Medical and sanitary report on the native army of Bombay for the year
Year: 1878
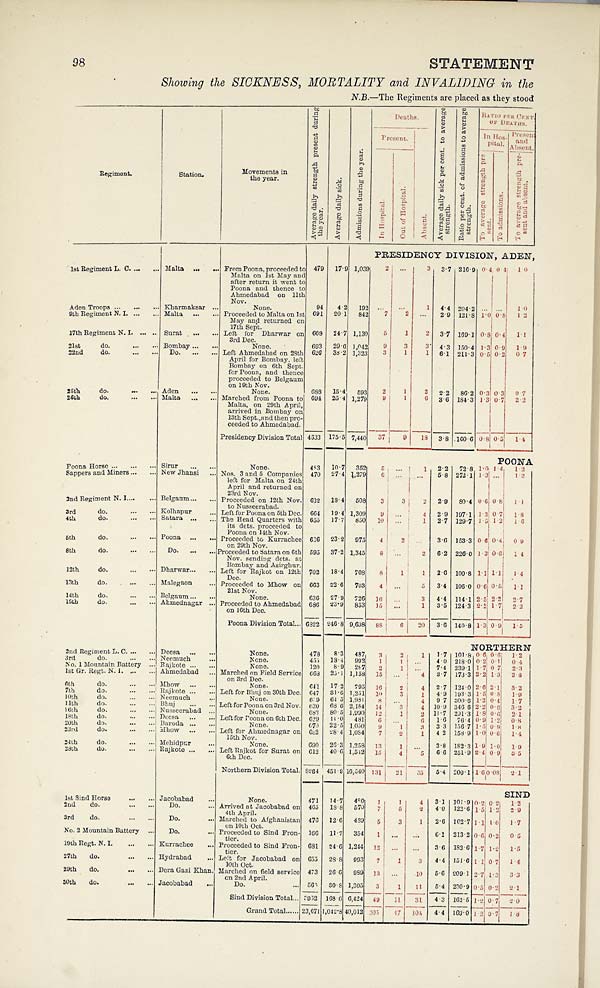
98
STATEMENT
Showing the SICKNESS, MORTALITY and INVALIDING in the
N.B.—The Regiments are placed as they stood
Regiment.
Station.
Movements in
t h e y e a r .
A v e r a g e d a i l y s t r e n g t h p r e s e n t d u r i n g
t h e y e a r .
A v e r a g e d a i l y s i c k .
A d m i s s i o n s d u r i n g t h e y e a r .
Deaths.
A v e r a g e d a i l y s i c k p e r c e n t . t o a v e r a g e
s t r e n g t h .
R a t i o p e r c e n t . o f a d m i s s i o n s t o a v e r a g e
s t r e n g t h .
R A T I O P E R C E N T .
OF DEATHS.
Present.
A b s e n t .
I n H o s -
pital.
P r e s e n t
and
Absent.
I n H o s p i t a l .
O u t o f H o s p i t a l .
T o a v e r a g e s t r e n g t h p r e
sent .
T o a d m i s s i o n s .
T o a v e r a g e s t r e n g t h p r e -
s e n t a n d a b s e n t .
PRESIDENCY DIVISION, ADEN,
1st Regiment L. C. ... ... Malta ... ... From Poona, proceeded to
Malta on 1st May and
after return it went to
Poona and thence to
Ahmedabad on 11th
Nov.
479 17.9
1 , 0 3 9
2 . . .
3 3.7 216.9 0.4 0.4 1.0
Aden Troops . . .
... ... Kharmaksar ...
None.
94 4.2 192 ...
. . .
1 4.4 204.2 ... ...
1 . 0
9th Regiment N. I. ... ... Malta ... ... Proceeded to Malta on 1st
May and returned on
17th Sept.
691 20.1 842
7
2
. . .
2.9 121.8 1.0 0.8 1.2
17th Regiment N. I. ... ... Surat ... ... Left for Dharwar on
3rd Dec.
668 24.7 1,130 5
1
2 3.7 169.1 0.8 0.4 1.1
21st do.
... ... Bombay ... ...
None.
693 29.6 1,042 9
3
3 4.3 150.4 1.3 0.9 1.9
22nd do.
... ... Do. ... ... Left Ahmedabad on 28th
April for Bombay, left.
Bombay on 6th Sept.
for Poona, and thence
proceeded to Belgaum
on 19th Nov.
626 38.2 1,323 3
1
1 6.1 211.3 0.5 0.2 0.7
25th do.
... ... Aden ...
. . .
None.
688 15.4 593 2
1
2 2.2 86.2 0.3 0.3 0.7
26th do.
...
. . . Malta ... ... Marched from Poona to
Malta, on 29th April,
arrived in Bombay on
13th Sept., and then pro-
ceeded to Ahmedabad.
694 25.4 1,279 9
1
6 3.6 184.3 1.3 0.7 2.2
Presidency Division Total 4633 175.5 7,440 37
9 18 3.3 160.6 0.8 0.5 1.4
POONA
Poona Horse ...
... . . . Sirur ... ...
None.
483 10.7 352 5 ...
1 2.2 72.8 1.0 1.4
1.2
Sappers and Miners ... ... New Jhansi ... Nos. 3 and 5 Companies
left for Malta on 24th
April and returned on
23rd Nov.
470 27.4 1,279 6 ... ... 5.8 272.1 1.3 ... 1.2
2nd Regiment N. I. ... ... Belgaum . . . . . . Proceeded on 12th Nov.
to Nusseerabad.
632 18.4 508 3
3
2 2.9 80.4 0.6 0.8 1.1
3rd do.
... ... Kolhapur
... Left for Poona on 5th Dec. 664 19.4 1,309 9
. . .
4 2.9 197.1 1.3 0.7 1.8
4th do.
... ... Satara ... ... The Head Quarters with
its dets. proceeded to
Poona on 14th Nov.
655 17.7 850 10 ...
1 2.7 129.7 1.5 1.2 1.6
5th do.
... ... Poona ...
. . . Proceeded to Kurrachee
on 29th Nov.
636 23.2 975 4
2
. . . 3.6 153.3 0.6 0.4 0.9
8th do.
... ... Do. ... ... Proceeded to Satara on 6th
Nov. sending dets. at
Bombay and Asirghur.
595 37.2 1,345
8
. . .
2 6.2 226.0 1.3 0.6 1.4
12th do.
... ... Dharwar . . . . . . Left for Rajkot on 12th
Dec.
702 18.4 708 8
1
1 2.6 100.8 1.1 1.1 1.4
13th do.
... ... Malegaon
... Proceeded to Mhow on
21st Nov.
663 22.6 703 4 ...
5 3.4 106.0 0.6 0.5 1.1
14th do.
... ... Belgaum ... ...
None.
636 27.9 726 16 ...
3 4.4 114.1 2.5 2.2 2.7
15th do.
... ... Ahmednagar ... Proceeded to Ahmedabad
on 16th Dec.
686 23.9 853 15 ...
1 3.5 124.3 2.2 1.7 2.2
Poona Division Total . . . 6822 246.8 9,608 88
6 20 3.6 140.8 1.3 0 . 9 1.5
NORTHERN
2nd Regiment L. C. ... ... Deesa . . .
...
None.
478 8.3 487 3
2
1 1.7 101.8 0.6 0.6. 1.2
3rd do.
... ... Neemuch
...
None.
455 18.4 992 1
1 ... 4.0 218.0 0.2 0.1 0.4
No. 1 Mountain Battery ... Rajkote ... ...
None.
120 8.9 287 2
1
. . . 7.4 239.1 1.7 0.7 2.3
1st Gr. Regt. N. I. ... ... Ahmedabad ... Marched on Field Service
on 3rd Dec.
668 25.1 1,158 15 ...
4 3.7 173.3 2.2 1.3 2.8
6th do.
... ... Mhow ...
. . .
None.
641 17.2 795 16
2
4 2.7 124.0 2.6 2.1 3.2
7th do.
... ... Rajkote ... ... Left for Bhuj on 30th Dec. 647 31.6 1,251 10
3
1 4.9 193.3 1.5 0.8 1.9
10th do.
... ... Neemuch
...
None.
659 64.5 1,981 8 ...
4 9.7 300.6 1.2 0.4 1.7
11th do.
... ... Bhuj ...
. . . Left for Poona on 3rd Nov. 630 68.6 2,184 14
3
4 10.9 346.6 2.2 0.6 3.2
16th do.
... ... Nusseerabad ...
None.
683 80.5 1,990 12
1
2 11.7 291.3 1.8 0.6 2.1
18th do.
... ... Deesa ... ... Left for Poona on 6th Dec. 629 11.0 481 6
. . .
6 1.6 76.4 0.9 1.2 0.8
20th do.
... ... Baroda ... ...
None.
670 22.5 1,050
9
1
3 3.3 156.7 1.5 0.9 1.8
23rd do.
... ... Mhow ... ... Left for Ahmednagar on
15th Nov.
682 28.4 1,084 7
2
1 4.2 158.9 1.0 0.6 1.4
24th do.
... ... Mehidpur
...
None.
690 26.3 1.258 13
1
. . . 3.8 182.3 1.9 1.0 1.9
28th do.
... ... Rajkote ...
. . . Left Rajkot for Surat on
6th Dec.
612 40.6 1,542 15
4
5
6 . 6 251.9 2.4 0.9 3.5
Northern Division Total. 8264 451.9 16,540 131 21 35 5.4 200.1 1.6
0.08 2.1
SIND
1st Sind Horse
... ... Jacobabad ...
None.
471 14.7 480 1
1
4 3.1 101.9 0.2. 0.2. 1.2
2nd do.
... ... Do.
... Arrived at Jacobabad on
4th April.
465 18.8 570 7
5
2 4.0 122.6 1.5 1.2 2.9
3rd do.
... ... Do.
... Marched to Afghanistan
on 10th Oct.
476 12.6 489 5
3
1 2.6 102.7 1.1 1.0 1.7
No. 2 Mountain Battery
. . . Do.
... Proceeded to Sind Fron-
tier.
166 11.7 354 1 ...
. . . 6.1 213.2 0.6 0.2 0.5
19th Regt. N. I.
... ... Kurrachee ... Proceeded to Sind Fron-
tier.
681 24.6 1,244 12 ...
. . . 3.6 182.6 1.7 1.2 1.5
27th do.
... ... Hydrabad
... Left for Jacobabad on
10th Oct.
655 28.8 993 7
1
3 4.4 151.6 1.1 0.7
1.4
29th do.
... ... Dera Gazi Khan. Marched on field service
on 2nd April.
473 26.6 989 13 ...
1 0 5.6 209.1 2.7 1.3 3.3
30th do.
... ... Jacobabad ...
Do.
... 565 30.8 1,305 3
1 11 5.4 230.9 0.5 0.2 2.1
Sind Division Total . . . 3952 168.6 6,424 49 11 31 4.3 162.5 1.2 0.7 2.0
Grand Total... . . . 23,671 1,042.8 40,012 3 0 5 47
1 0 4 4.4 169.0 1.2 0.7 1.8